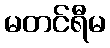
မတင်ရီမ